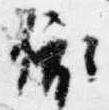
依